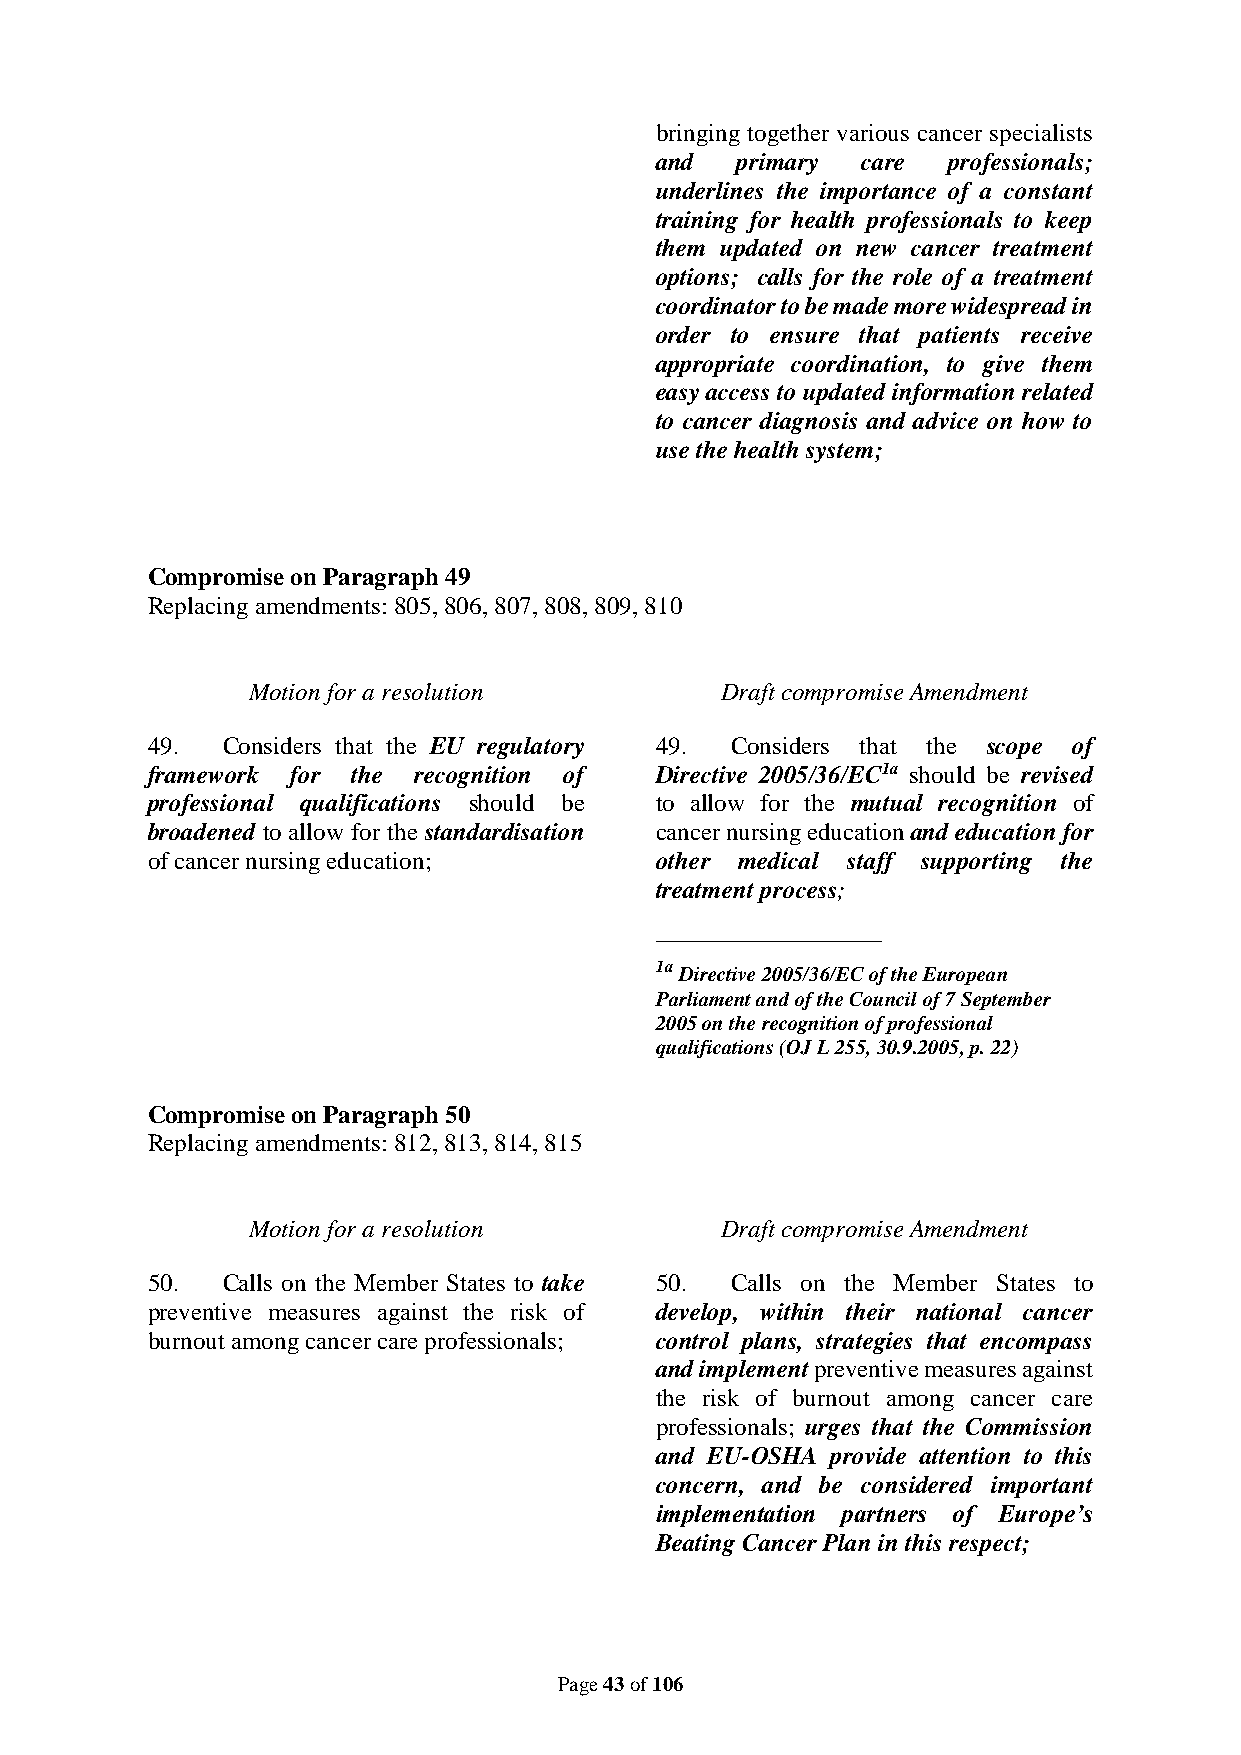
bringing together various cancer specialists
 and   primary care  professionals;
 underlines the importance of a constant
 training for health professionals to keep
 them updated on new cancer treatment
 options; calls for the role of a treatment
 coordinator to be made more widespread in
 order to ensure that patients receive
 appropriate coordination, to give them
 easy access to updated information related
 to cancer diagnosis and advice on how to
 use the health system;
 Compromise on Paragraph 49
 Replacing amendments: 805, 806, 807, 808, 809, 810
 Motion for a resolution         Draft compromise Amendment
 49.  Considers that the EU regulatory 49. Considers that the scope of
 framework for the recognition of Directive 2005/36/EC1a should be revised
 professional qualifications should be to allow for the mutual recognition of
 broadened to allow for the standardisation cancer nursing education and education for
 of cancer nursing education;     other medical staff supporting the
 treatment process;
 __________________
 1a Directive 2005/36/EC of the European
 Parliament and of the Council of 7 September
 2005 on the recognition of professional
 qualifications (OJ L 255, 30.9.2005, p. 22)
 Compromise on Paragraph 50
 Replacing amendments: 812, 813, 814, 815
 Motion for a resolution         Draft compromise Amendment
 50.  Calls on the Member States to take 50. Calls on the Member States to
 preventive measures against the risk of develop, within their national cancer
 burnout among cancer care professionals; control plans, strategies that encompass
 and implement preventive measures against
 the risk of burnout among cancer care
 professionals; urges that the Commission
 and EU-OSHA provide attention to this
 concern, and be considered important
 implementation partners of Europe’s
 Beating Cancer Plan in this respect;
 Page 43 of 106